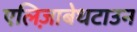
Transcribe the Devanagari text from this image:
एलिज़ाबेथटाउन